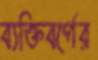
ব্যক্তিবর্গের